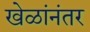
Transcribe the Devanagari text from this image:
खेळांनंतर